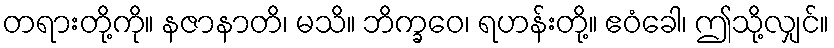
တရားတို့ကို။ နဇာနာတိ၊ မသိ။ ဘိက္ခဝေ၊ ရဟန်းတို့။ ဧဝံခေါ၊ ဤသို့လျှင်။